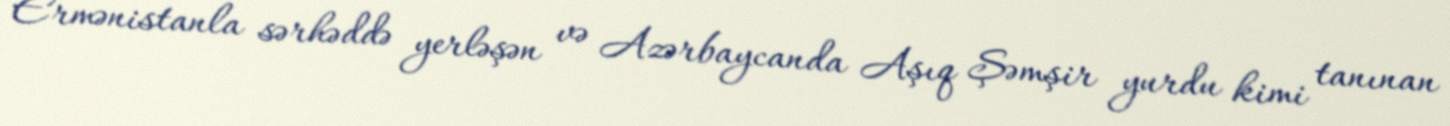
Ermənistanla sərhəddə yerləşən və Azərbaycanda Aşıq Şəmşir yurdu kimi tanınan